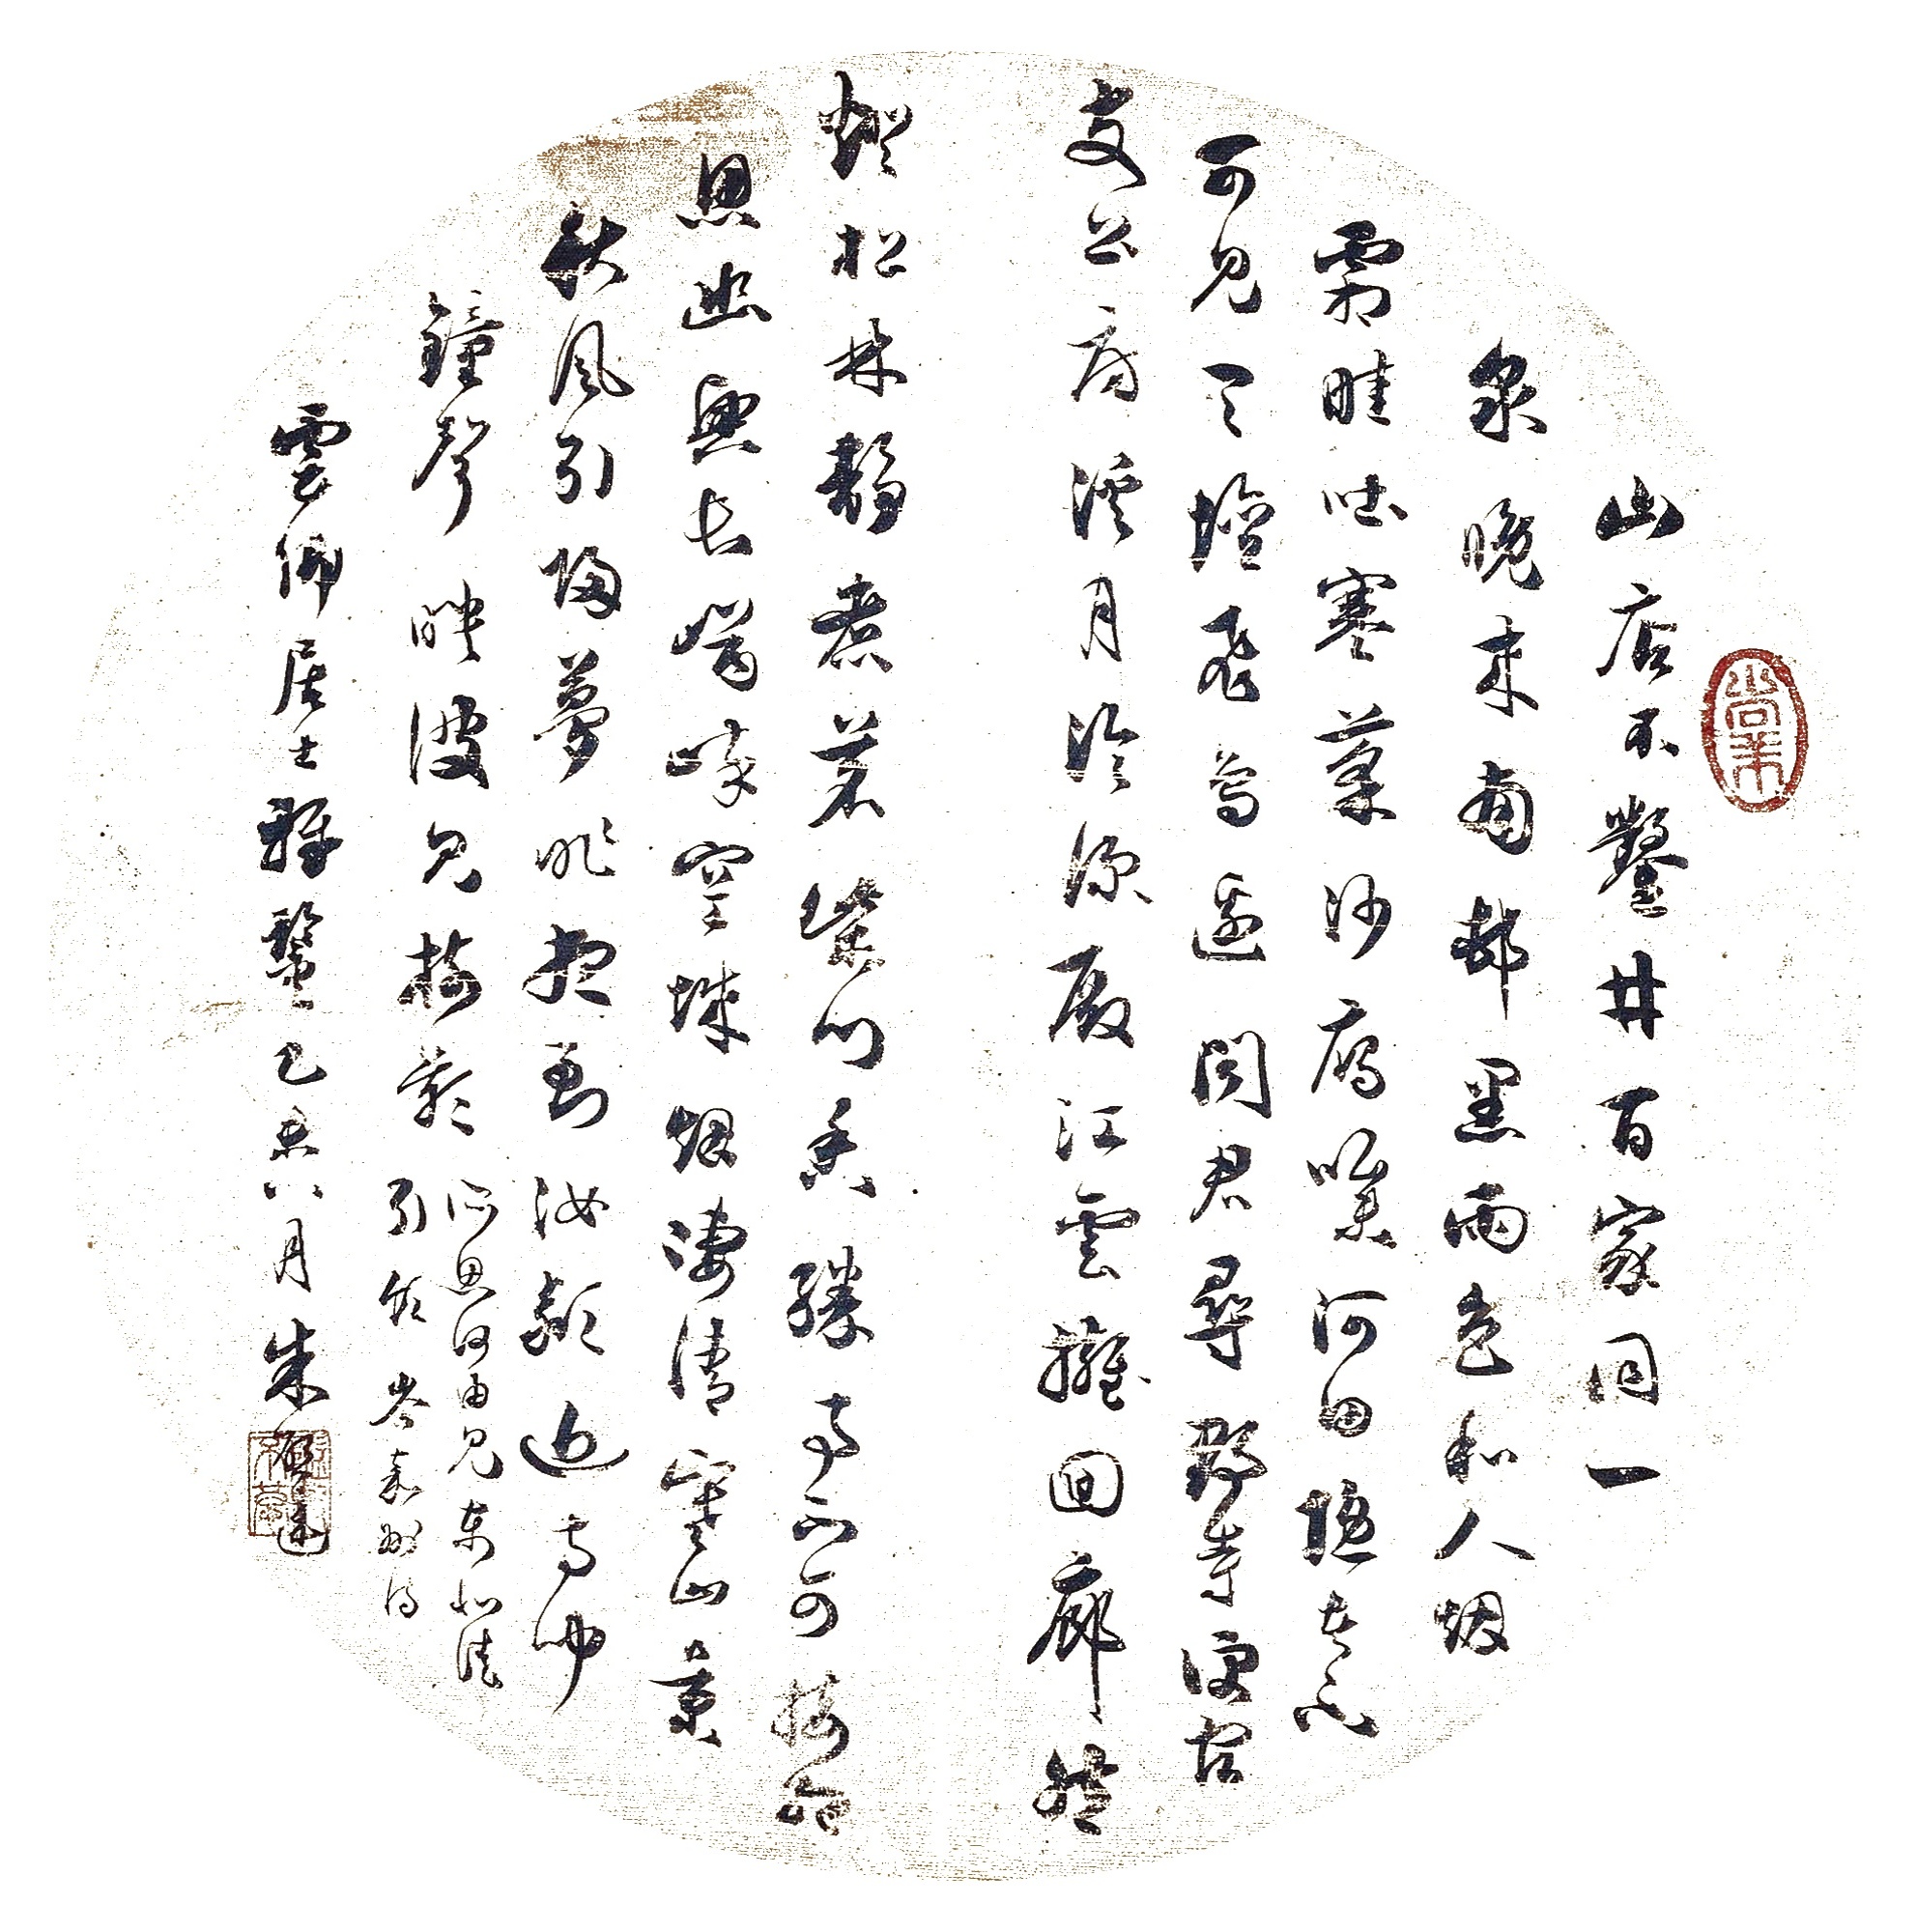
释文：山店不凿井,百家同一泉。晚来南村黑,雨色和人烟。霜畦吐寒菜,沙雁噪河田。隐者不可见,天坛飞鸟边。闻君寻野寺，便宿支公房。溪月冷深殿，江云拥回廊。然灯松林静，煮茗柴门香。胜事不可接，相思幽兴长。崒崒空城烟，凄清寒山景。秋风引归梦，昨夜到汝颍。近寺闻钟声，映陂见树影。所思何由见，东北徒引领。岑嘉州诗，云卿居士雅鉴。乙未八月，朱启连。